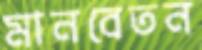
মানবেতন